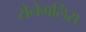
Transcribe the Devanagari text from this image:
सेनेगलिस